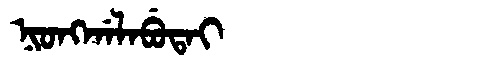
Manchu: ᠨᡳᠣᠩᡤᠠᠯᠠᠪᡠᡨᠠᡳ
Romanization: NIONGGALABUTAI